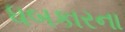
ધબકારના